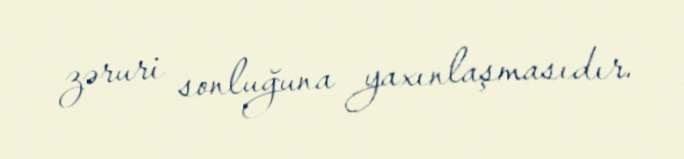
zəruri sonluğuna yaxınlaşmasıdır.